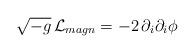
LaTeX: \begin{align*}\sqrt{-g}\,{\cal L}_{ magn} = - 2\, \partial_i \partial_i \phi\end{align*}